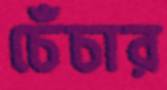
চেঁচার